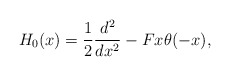
\begin{align*}H_0(x)=\frac{1}{2}\frac{d^2}{dx^2}-Fx\theta(-x),\end{align*}